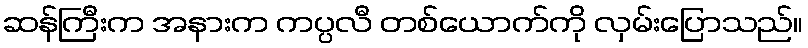
ဆန်ကြီးက အနားက ကပ္ပလီ တစ်ယောက်ကို လှမ်းပြောသည်။